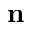
\mathbf { n }